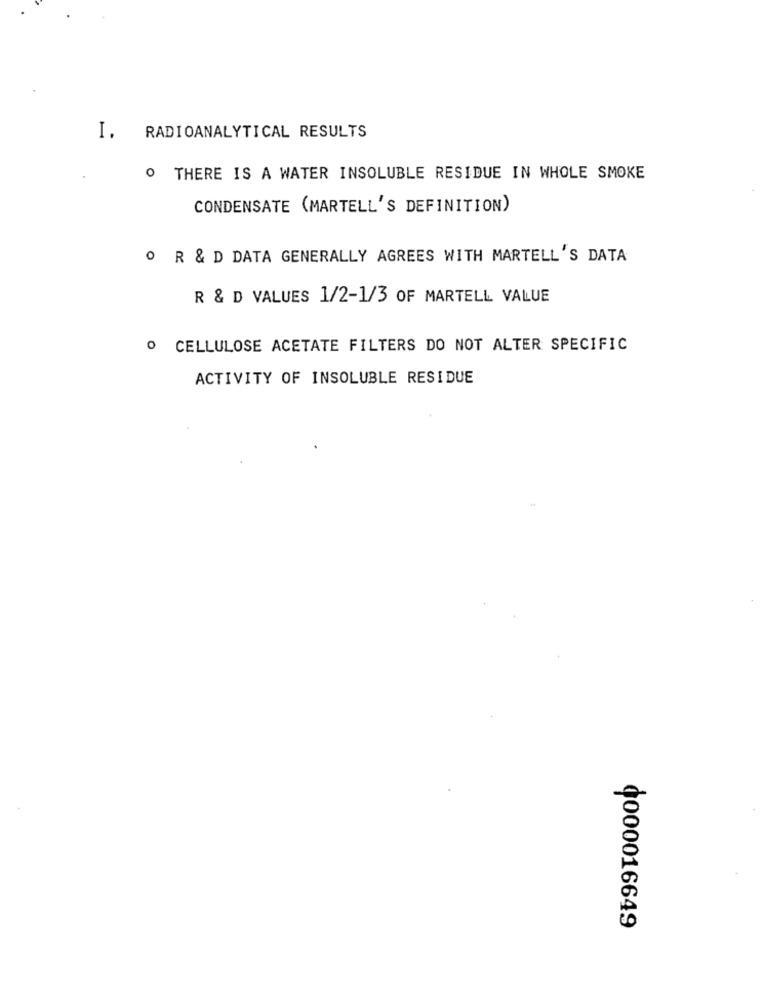
I. RADIOANALYTICAL RESULTS
. THERE IS A WATER INSOLUBLE RESIDUE IN WHOLE SMOKE
CONDENSATE (MARTELL'S DEFINITION)
O R & D DATA GENERALLY AGREES WITH MARTELL'S DATA
R & D VALUES 1/2-1/3 OF MARTELL VALUE
O CELLULOSE ACETATE FILTERS DO NOT ALTER SPECIFIC
ACTIVITY OF INSOLUBLE RESIDUE
¢000016649